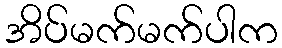
အိပ်မက်မက်ပါက